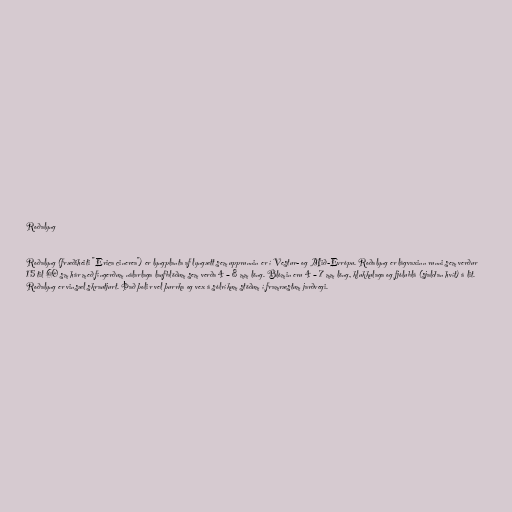
Roðalyng

Roðalyng (fræðiheiti "Erica cinerea") er lyngplanta af lyngætt sem upprunnin er í Vestur- og Mið-Evrópu. Roðalyng er lágvaxinn runni sem verður
15 til 60 sm hár með fíngerðum nálarlaga laufblöðum sem verða 4 – 8 mm löng. Blómin eru 4 – 7 mm löng, klukkulaga og fjólublá (sjaldan hvít) á lit.
Roðalyng er vinsæl skrautjurt. Það þolir vel þurrka og vex á sólríkum stöðum í framræstum jarðvegi.